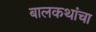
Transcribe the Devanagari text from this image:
बालकथांचा